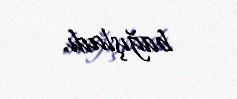
bağışladı.